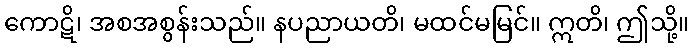
ကောဋိ၊ အစအစွန်းသည်။ နပညာယတိ၊ မထင်မမြင်။ ဣတိ၊ ဤသို့။